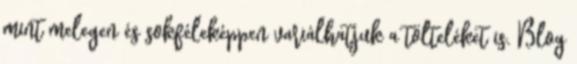
mint melegen és sokféleképpen variálhatjuk a tölteléket is. Blog